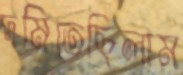
দমিতেছিলাম